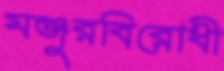
মঞ্জুরবিরোধী